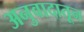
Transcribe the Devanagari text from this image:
अनुवादातून